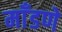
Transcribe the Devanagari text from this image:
माँडणे